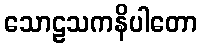
သောဠသကနိပါတော